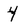
Character: 4